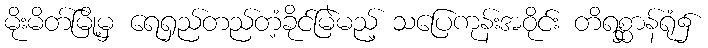
မိုးမိတ်မြို့မှ ရေရှည်တည်တံ့ခိုင်မြဲမည့် သပြေကုန်းအဝိုင်း တိရစ္ဆာန်ရုံ၌